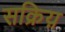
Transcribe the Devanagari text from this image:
सक्रिय़